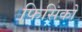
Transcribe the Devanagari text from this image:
फिसिको